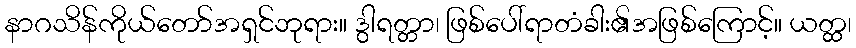
နာဂသိန်ကိုယ်တော်အရှင်ဘုရား။ ဒွါရတ္တာ၊ ဖြစ်ပေါ်ရာတံခါး၏အဖြစ်ကြောင့်။ ယတ္ထ၊